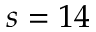
s = 1 4